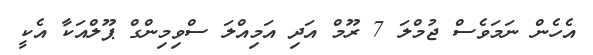
އެހެން ނަމަވެސް ޖުމްލަ 7 ރޫމް އަދި އަމިއްލަ ސްވިމިންގް ޕޫލްއަކާ އެކީ